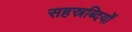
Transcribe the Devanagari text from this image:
सहस्रब्दियों